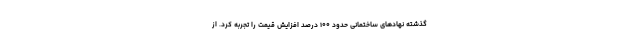
گذشته نهادهای ساختمانی حدود ۱۰۰ درصد افزایش قیمت را تجربه کرد. از